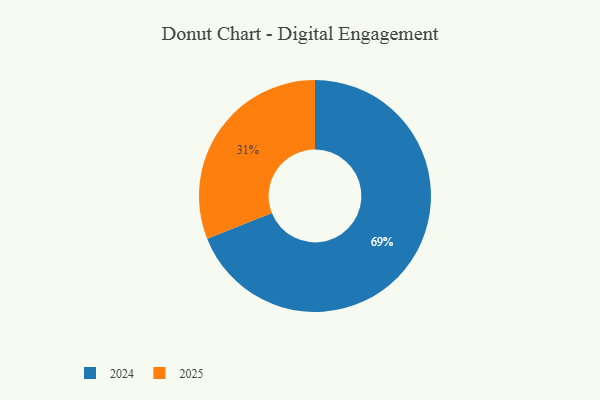
{"axis": {"x": "Category", "y": "Percentage"}, "legend": ["2024", "2025"], "data": [{"x": "2025", "y": 31, "type": "2025"}, {"x": "2024", "y": 69, "type": "2024"}]}